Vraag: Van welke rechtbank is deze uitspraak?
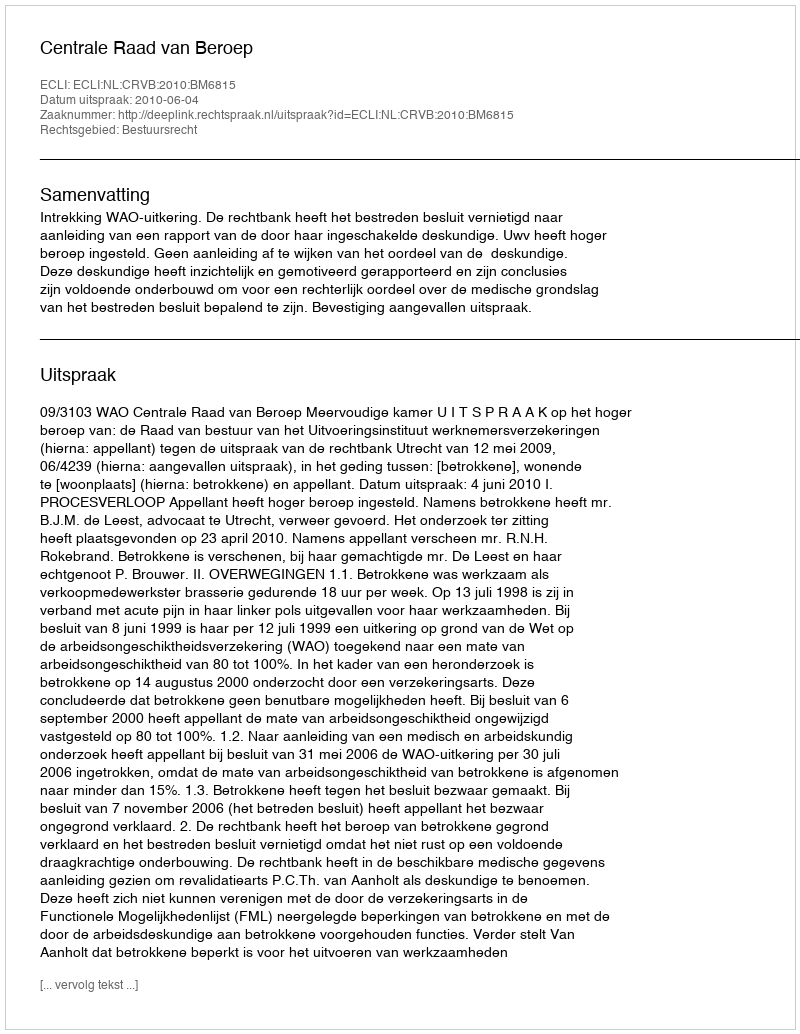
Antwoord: Centrale Raad van Beroep